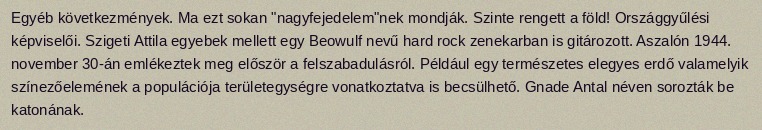
Egyéb következmények. Ma ezt sokan "nagyfejedelem"nek mondják. Szinte rengett a föld! Országgyűlési képviselői. Szigeti Attila egyebek mellett egy Beowulf nevű hard rock zenekarban is gitározott. Aszalón 1944. november 30-án emlékeztek meg először a felszabadulásról. Például egy természetes elegyes erdő valamelyik színezőelemének a populációja területegységre vonatkoztatva is becsülhető. Gnade Antal néven sorozták be katonának.